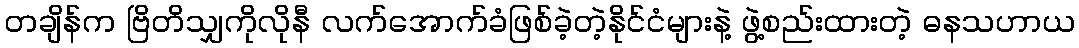
တချိန်က ဗြိတိသျှကိုလိုနီ လက်အောက်ခံဖြစ်ခဲ့တဲ့နိုင်ငံများနဲ့ ဖွဲ့စည်းထားတဲ့ ဓနသဟာယ